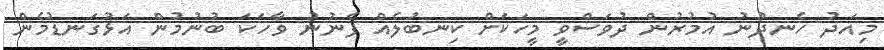
މިއަދު ހެނދުނު އުމުރުން ދުވަސްވީ މީހަކަށް ކިނބުލެއް ފެނުނު ވާހަކަ ބުނުމުން އަޅުގަނޑުމެން